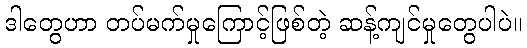
ဒါတွေဟာ တပ်မက်မှုကြောင့်ဖြစ်တဲ့ ဆန့်ကျင်မှုတွေပါပဲ။